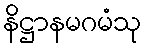
နိဋ္ဌာနမဂမံသု